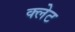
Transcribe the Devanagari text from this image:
क्लेट